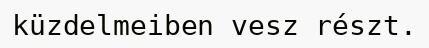
küzdelmeiben vesz részt.